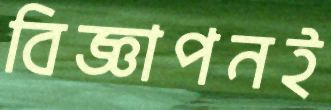
বিজ্ঞাপনই